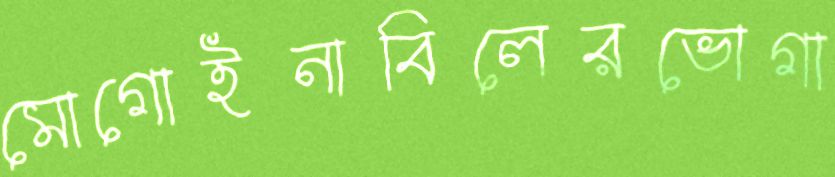
মোগোইনাবিলেরভোগা